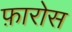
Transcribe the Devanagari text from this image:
फ़ारोस